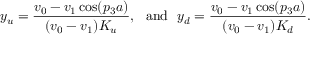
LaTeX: y _ { u } = \frac { v _ { 0 } - v _ { 1 } \cos ( p _ { 3 } a ) } { ( v _ { 0 } - v _ { 1 } ) K _ { u } } , ~ ~ \mathrm { a n d } ~ ~ y _ { d } = \frac { v _ { 0 } - v _ { 1 } \cos ( p _ { 3 } a ) } { ( v _ { 0 } - v _ { 1 } ) K _ { d } } .